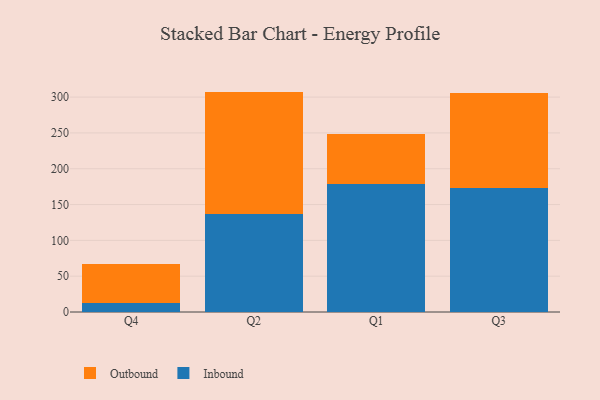
{"axis": {"x": "Quarter", "y": "Backlog"}, "legend": ["Inbound", "Outbound"], "data": [{"x": "Q4", "y": 12.0, "type": "Inbound"}, {"x": "Q4", "y": 55.1, "type": "Outbound"}, {"x": "Q2", "y": 136.5, "type": "Inbound"}, {"x": "Q2", "y": 171.2, "type": "Outbound"}, {"x": "Q1", "y": 178.5, "type": "Inbound"}, {"x": "Q1", "y": 69.4, "type": "Outbound"}, {"x": "Q3", "y": 173.0, "type": "Inbound"}, {"x": "Q3", "y": 132.1, "type": "Outbound"}]}